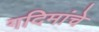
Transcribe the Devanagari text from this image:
गदिमांचे